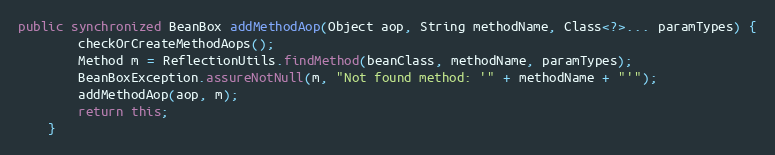
Language: Java
public synchronized BeanBox addMethodAop(Object aop, String methodName, Class<?>... paramTypes) {
		checkOrCreateMethodAops();
		Method m = ReflectionUtils.findMethod(beanClass, methodName, paramTypes);
		BeanBoxException.assureNotNull(m, "Not found method: '" + methodName + "'");
		addMethodAop(aop, m);
		return this;
	}